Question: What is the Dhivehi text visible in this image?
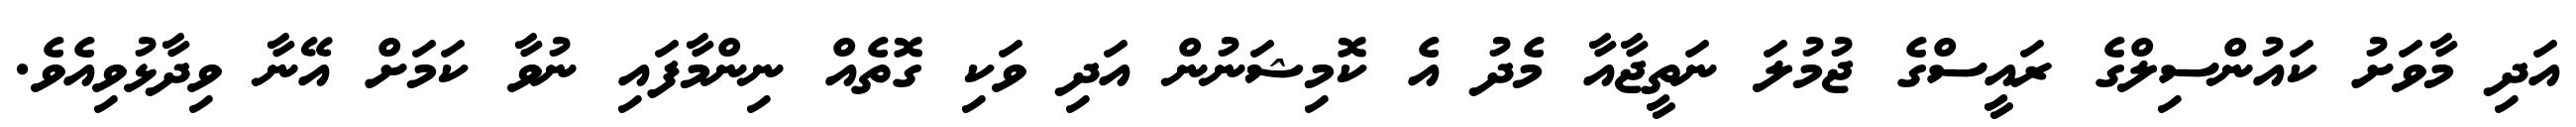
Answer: އަދި މާވަށު ކައުންސިލްގެ ރައީސްގެ ޖުމުލަ ނަތީޖާއާ މެދު އެ ކޮމިޝަނުން އަދި ވަކި ގޮތެއް ނިންމާފައި ނުވާ ކަމަށް އޭނާ ވިދާޅުވިއެވެ.